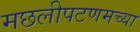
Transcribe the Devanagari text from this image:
मछलीपटणमच्या